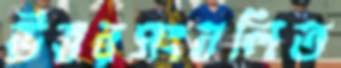
উত্তরসংবলিত